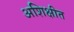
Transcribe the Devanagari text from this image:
अशिक्षीत